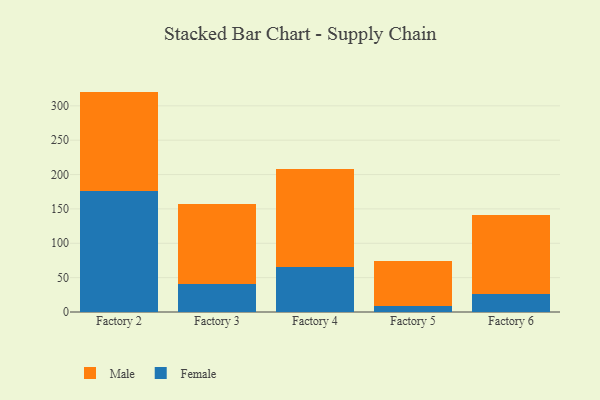
{"axis": {"x": "Factory", "y": "Gross Profit (USD K)"}, "legend": ["Female", "Male"], "data": [{"x": "Factory 2", "y": 175.9, "type": "Female"}, {"x": "Factory 2", "y": 144.8, "type": "Male"}, {"x": "Factory 3", "y": 40.8, "type": "Female"}, {"x": "Factory 3", "y": 116.4, "type": "Male"}, {"x": "Factory 4", "y": 65.6, "type": "Female"}, {"x": "Factory 4", "y": 143.0, "type": "Male"}, {"x": "Factory 5", "y": 8.9, "type": "Female"}, {"x": "Factory 5", "y": 65.2, "type": "Male"}, {"x": "Factory 6", "y": 26.9, "type": "Female"}, {"x": "Factory 6", "y": 113.8, "type": "Male"}]}